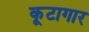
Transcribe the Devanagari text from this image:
कूटागार